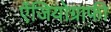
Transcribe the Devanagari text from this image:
ऐंजियोग्राफी